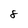
Character: 8